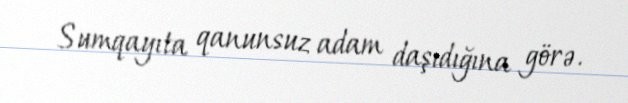
Sumqayıta qanunsuz adam daşıdığına görə.